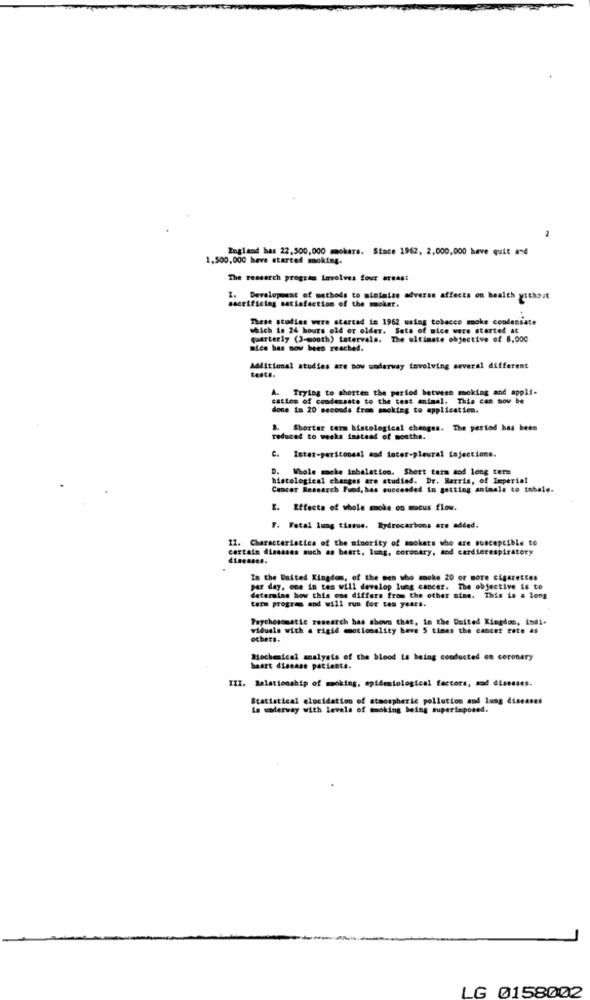
-
England has 22,500,000 mmokers. Since 1962, 2,000,000 have quit and
1,500,000 have started moking.
The research program involves four ereast
Z. Development of methods to minimise adverse affects on health without
sacrificing satisfaction of the moker.
These studies were started in 1962 using tobacco smoke condensate
which is 24 hours ofd or older. Sets of mice were started at
quarterly (3-month) Latervals. The ultimate objective of 8,000
nice has now been reached.
Additional studies are now underway involving several different
tests.
A. Trying to shorten the period between meking and appli-
cation of condessate to the test animal. This can now be
done 1m 20 seconds from smoking to application.
&. Shorter term histological changes. The period has been
reduced to weeks instead of months.
C. Inter-peritoneal and inter-pleural injections.
D. Whole mcke inhalation. Short term and long term
histological changes are studied. Dr. Harris, of Imperial
Cancer Research Fund, has succeeded in getting animals co tobale.
E. Effects of whole smoke on mucus flow.
F. Fatal lung tissue. Hydrocarbons are added.
11. Characteristics of the minority of smokers who are susceptible to
certain diseases such as beart, lung, coronary, and cardierespiratory
diseases.
In the United Kingdom, of the men who moke 20 or more cigarettes
per day, one in tan will develop lung cancer. The objective is to
tarm program and will run for tes years.
determine how this one differs from the other mine. This is a long
Psychosomatie research has shown that, in the United Kingdom, indi.
viduals with a rigid emotionality have 5 times the cancer rote as
others.
Mochemical analysis of the blood is being conducted on coronary
heart disease paciente.
III. Relationship of moking, epidemiological factors, and diseases.
Statistical elucidation of atmospheric pollution and lung diseases
is uaderway with levels of smoking being superimposed.
LG 0158002